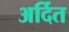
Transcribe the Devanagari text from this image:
अर्दित